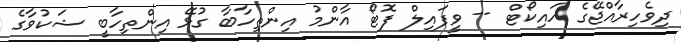
ދިވެހިރާއްޖޭގެ ހައިކޯޓް -- ވީފައިލް ފޮޓޯ އާންމު އިންތިހާބާ ގުޅޭ އިންތިހާބީ ޝަކުވާގެ